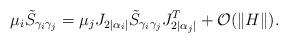
LaTeX: \begin{align*}\mu_i \tilde{S}_{\gamma_i \gamma_j} &= \mu_j J_{2|\alpha_i|}\tilde{S}_{\gamma_i \gamma_j}J^T_{2|\alpha_j|}+ \mathcal{O}(\|H\|).\end{align*}